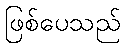
ဖြစ်ပေသည်